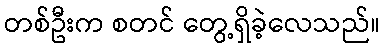
တစ်ဦးက စတင် တွေ့ရှိခဲ့လေသည်။